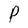
Character: P